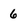
Character: 6